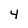
Character: 4